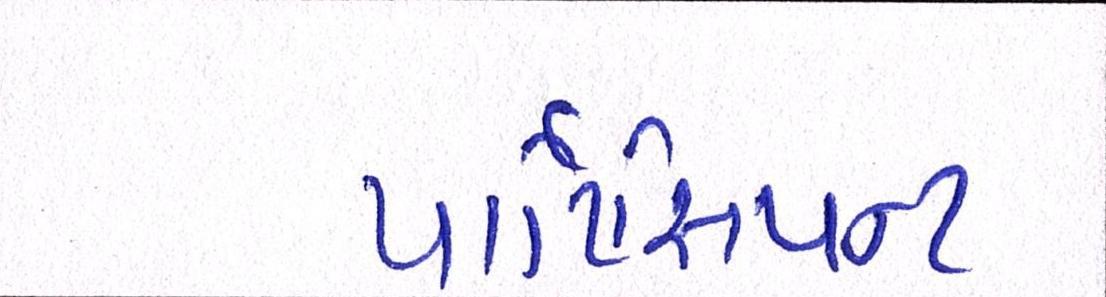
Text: પાર્ટિસિપન્ટ